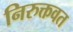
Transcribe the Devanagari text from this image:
निरुक्तवत